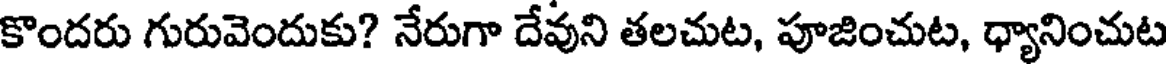
కొందరు గురువెందుకు? నేరుగా దేవుని తలచుట, పూజించుట, ధ్యానించుట